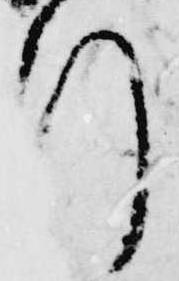
行